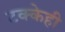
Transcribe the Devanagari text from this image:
टक्केही